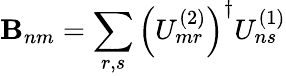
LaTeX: \mathbf{B}_{nm}=\sum_{r,s}\left(U_{mr}^{(2)}\right)^{\dagger}U_{ns}^{(1)}